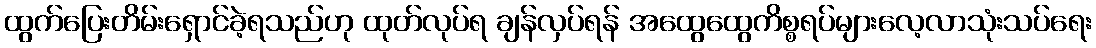
ထွက်ပြေးတိမ်းရှောင်ခဲ့ရသည်ဟု ထုတ်လုပ်ရ ချန်လှပ်ရန် အထွေထွေကိစ္စရပ်များလေ့လာသုံးသပ်ရေး